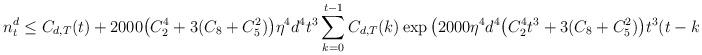
LaTeX: \begin{align*} n^d_t&\le C_{d,T}(t)+2000\big( C_2^4+3( C_8+C_{5}^2) \big)\eta^4 d^4t^3\sum_{k=0}^{t-1}C_{d,T}(k) \exp\big(2000\eta^4 d^4\big( C_2^4 t^3+3( C_8+C_{5}^2) \big)t^3(t-k-1)\big). \end{align*}